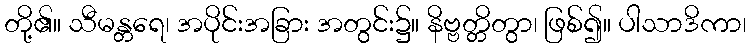
တို့၏။ သီမန္တရေ၊ အပိုင်းအခြား အတွင်း၌။ နိဗ္ဗတ္တိတွာ၊ ဖြစ်၍။ ပါသာဒိကာ၊